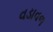
વડાવળ